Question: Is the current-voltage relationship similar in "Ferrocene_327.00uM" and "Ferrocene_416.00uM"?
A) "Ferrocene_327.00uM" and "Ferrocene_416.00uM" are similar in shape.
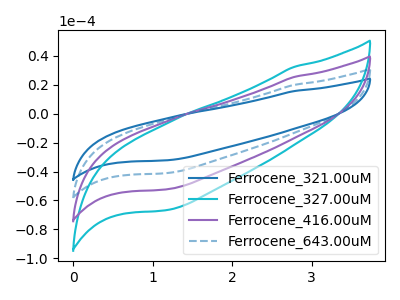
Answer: <think>The blue curve "Ferrocene_321.00uM" has no peaks. The cyan curve "Ferrocene_327.00uM" has no peaks. The purple curve "Ferrocene_416.00uM" has no peaks. The blue dashed curve "Ferrocene_643.00uM" has no peaks.
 Neither "Ferrocene_327.00uM" or "Ferrocene_416.00uM" have any peaks.</think>
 <answer>A) "Ferrocene_327.00uM" and "Ferrocene_416.00uM" are similar in shape.</answer>
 <eval>A</eval>